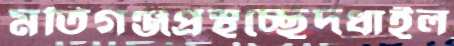
মতিগঞ্জপ্রস্থচ্ছেদধাইল